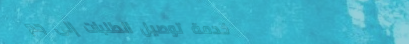
خدمة توصيل الطلبات إلى جم